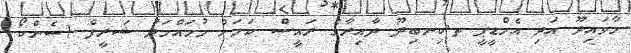
މާވައިދޫ އަދި އެމްޑީޕީ ތ.ކިނބިދޫ ދާއިރާގެ ރައީސް ކަމަށް މުޙައްމަދު ޝަރީފް (ސެންކޯ